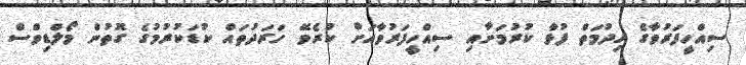
ސިއްހީފަރުވާގެ ހިދުމަތް ފުޅާ ކުރުމަށާއި ސިއްހީފަރުވާއަށް ކުރެވޭ ހަރަދުތައް ކުޑަކުރުމުގެ ގޮތުން މޯލްޑިވްސް